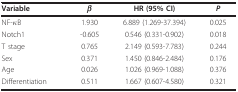
| Variable | β | HR (95% CI) | P |
 | --- | --- | --- | --- |
 | NF-κB | 1.930 | 6.889 (1.269-37.394) | 0.025 |
 | Notch1 | -0.605 | 0.546 (0.331-0.902) | 0.018 |
 | T stage | 0.765 | 2.149 (0.593-7.783) | 0.244 |
 | Sex | 0.371 | 1.450 (0.846-2.484) | 0.176 |
 | Age | 0.026 | 1.026 (0.969-1.088) | 0.376 |
 | Differentiation | 0.511 | 1.667 (0.607-4.580) | 0.321 |